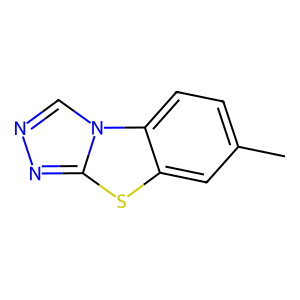
SMILES: Cc1ccc2c(c1)sc1nncn12
Inhibits HIV replication: No